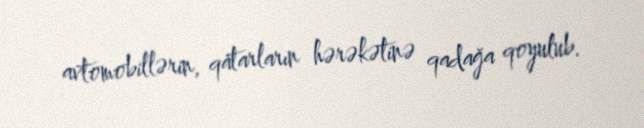
avtomobillərin, qatarların hərəkətinə qadağa qoyulub.